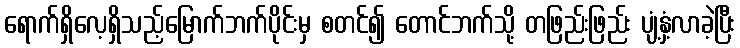
ရောက်ရှိလေ့ရှိသည့်မြောက်ဘက်ပိုင်းမှ စတင်၍ တောင်ဘက်သို့ တဖြည်းဖြည်း ပျံ့နှံ့လာခဲ့ပြီး